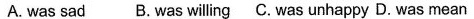
A. was sad B.Was willing C.Was unhappy D. Was mean